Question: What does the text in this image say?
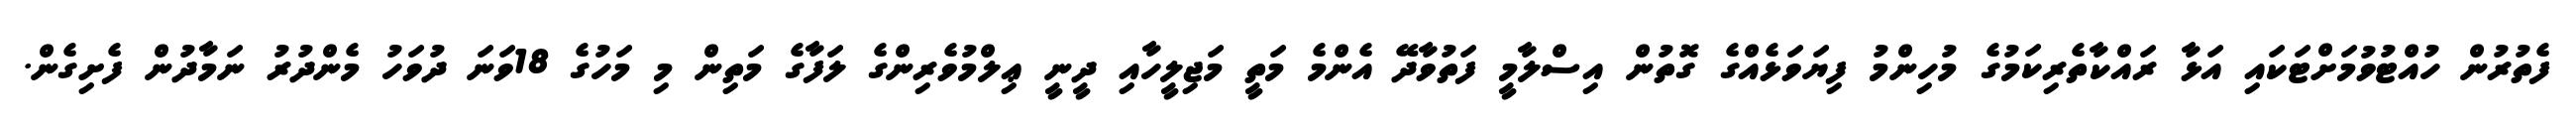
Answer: ފެތުރުން ހުއްޓުވުމަށްޓަކައި އަޅާ ރައްކާތެރިކަމުގެ މުހިންމު ފިޔަވަޅެއްގެ ގޮތުން އިސްލާމީ ފަތުވާދޭ އެންމެ މަތީ މަޖިލީހާއި ދީނީ ޢިލްމުވެރިންގެ ލަފާގެ މަތިން މި މަހުގެ 18ވަނަ ދުވަހު މެންދުރު ނަމާދުން ފެށިގެން.